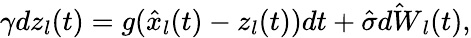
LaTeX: \gamma dz_{l}(t)=g(\hat{x}_{l}(t)-z_{l}(t))dt+\hat{\sigma}\hat{dW}_{l}(t),